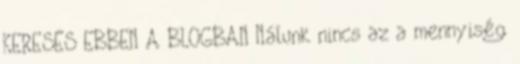
KERESÉS EBBEN A BLOGBAN Nálunk nincs az a mennyiség